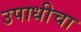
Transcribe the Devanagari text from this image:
उपाधीचा